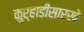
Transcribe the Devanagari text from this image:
कुर्‍हाडीसारखे